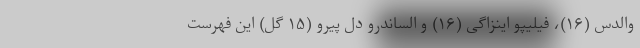
والدس (۱۶)، فیلیپو اینزاگی (۱۶) و الساندرو دل پیرو (۱۵ گل) این فهرست